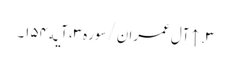
۳. ↑ آل عمران/سوره۳، آیه۱۵۴۔